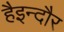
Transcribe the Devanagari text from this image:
हैइन्दौर